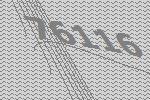
76116